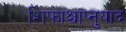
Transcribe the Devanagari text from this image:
शिफाश्चाप्नुयाद